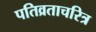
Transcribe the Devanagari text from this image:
पतिव्रताचरित्र